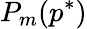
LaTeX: P_{m}(p^{*})